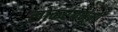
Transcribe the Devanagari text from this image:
लोकरंगभूमी